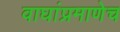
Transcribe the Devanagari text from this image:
वाघांप्रमाणेच